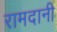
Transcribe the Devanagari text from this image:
रामदानी